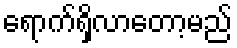
ရောက်ရှိလာတော့မည်